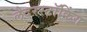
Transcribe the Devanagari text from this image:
लेदरस्टॉकिंग